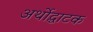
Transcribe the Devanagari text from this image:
अर्थोद्घाटक